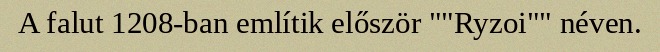
A falut 1208-ban említik először ""Ryzoi"" néven.